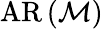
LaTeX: \operatorname{AR}\left({\mathcal{M}}\right)